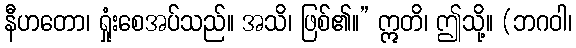
နီဟတော၊ ရှုံးစေအပ်သည်။ အသိ၊ ဖြစ်၏။” ဣတိ၊ ဤသို့။ (ဘဂဝါ၊